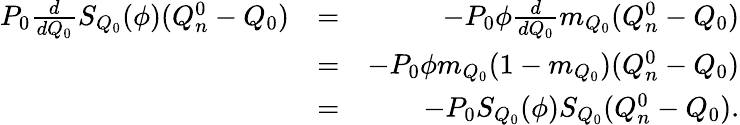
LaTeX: \begin{array}{rlr}{P_{0}\frac{d}{dQ_{0}}S_{Q_{0}}(\phi)(Q_{n}^{0}-Q_{0})}&{=}&{-P_{0}\phi\frac{d}{dQ_{0}}m_{Q_{0}}(Q_{n}^{0}-Q_{0})}\\ &{=}&{-P_{0}\phi m_{Q_{0}}(1-m_{Q_{0}})(Q_{n}^{0}-Q_{0})}\\ &{=}&{-P_{0}S_{Q_{0}}(\phi)S_{Q_{0}}(Q_{n}^{0}-Q_{0}).}\end{array}